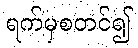
ရက်မှစတင်၍